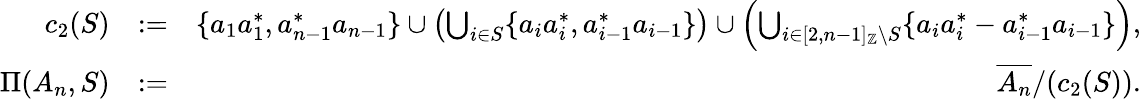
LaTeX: \begin{array}{rlr}{c_{2}(S)}&{:=}&{\{ a_{1}a_{1}^{*},a_{n-1}^{*}a_{n-1}\} \cup\left(\bigcup_{i\in S}\{ a_{i}a_{i}^{*},a_{i-1}^{*}a_{i-1}\} \right)\cup\left(\bigcup_{i\in[2,n-1]_{\mathbb{Z}}\setminus S}\{ a_{i}a_{i}^{*}-a_{i-1}^{*}a_{i-1}\} \right),}\\ {\Pi(A_{n},S)}&{:=}&{\overline{{A_{n}}}/(c_{2}(S)).}\end{array}